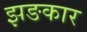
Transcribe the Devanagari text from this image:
झङकार